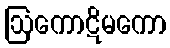
ဩကောဋိမကော